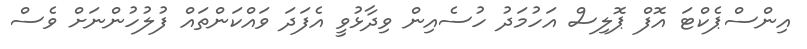
އިންސްޕެކްޓަ އޮފް ޕޮލިސް އަހުމަދު ހުސެއިން ވިދާޅުވީ އެފަދަ ވައްކަންތައް ފުލުހުންނަށް ވެސް